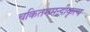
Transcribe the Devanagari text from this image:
चकितममन्दीकृत्य